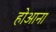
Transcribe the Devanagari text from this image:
होआना